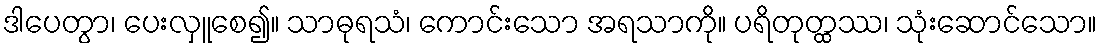
ဒါပေတွာ၊ ပေးလှူစေ၍။ သာဓုရသံ၊ ကောင်းသော အရသာကို။ ပရိတုတ္ထဿ၊ သုံးဆောင်သော။